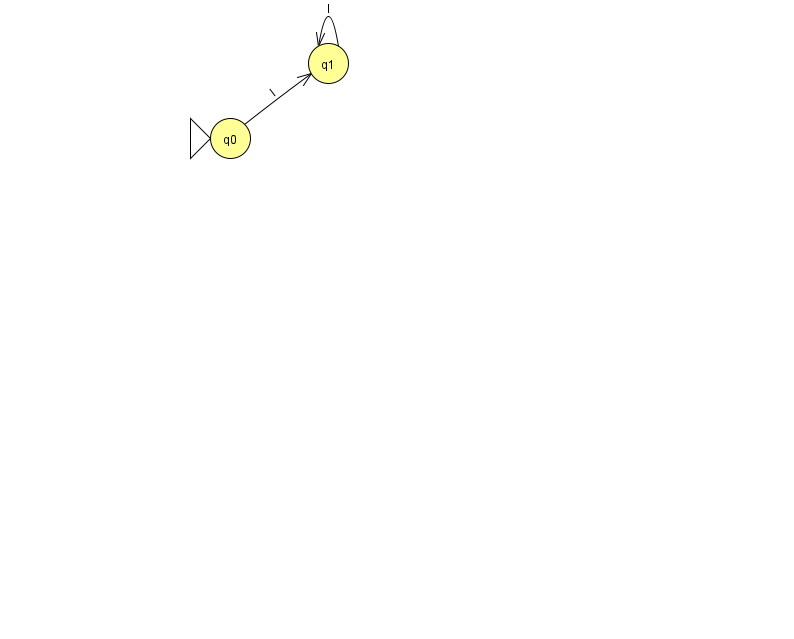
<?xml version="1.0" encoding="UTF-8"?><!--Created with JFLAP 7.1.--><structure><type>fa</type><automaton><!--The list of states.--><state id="0" name="q0"><x>230.0</x><y>125.0</y><initial/></state><state id="1" name="q1"><x>328.0</x><y>50.0</y></state><!--The list of transitions.--><transition><from>0</from><to>1</to><read>I</read></transition><transition><from>1</from><to>1</to><read>I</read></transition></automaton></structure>